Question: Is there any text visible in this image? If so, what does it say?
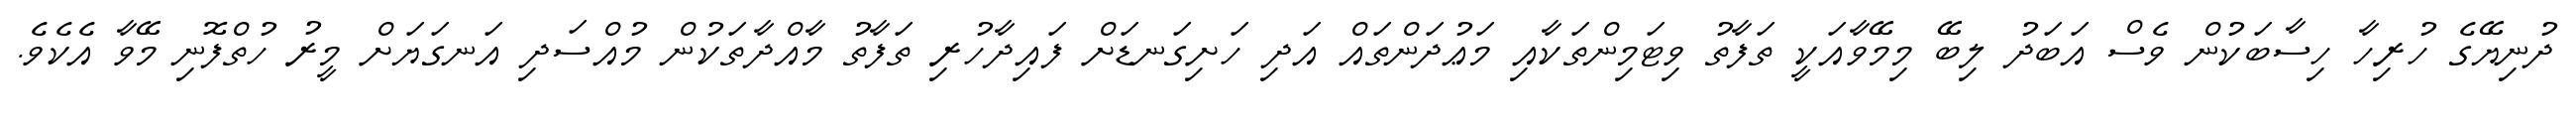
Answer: ދުނިޔޭގެ ހުރިހާ ހިސާބަކުން ވެސް އަބަދު ލިބޭ މިމޭވާއަކީ ތަފާތު ވިޓަމިންތަކާއި މަޢުދަންތައް އަދި ހަށިގަނޑަށް ފައިދާހުރި ތަފާތު މާއްދާތަކުން މުއްސަދި އަނގަޔަށް މީރު ހުތްފޮނި މޭވާ އެކެވެ.